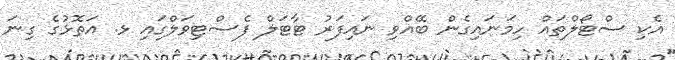
އެކި ސްޓޯލްތައް ހިމަނައިގެން ބޭއްވި ނައިފަރު ޓާޓަލް ފެސްޓިވަލްގައި ޅ. އަތޮޅުގެ ގިނަ